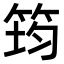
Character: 筠